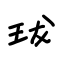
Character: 珑